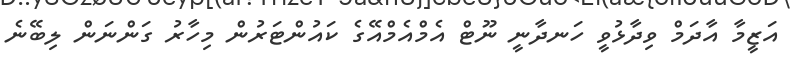
އަޒީމާ އާދަމް ވިދާޅުވީ ހަނދާނީ ނޫޓް އެމްއެމްއޭގެ ކައުންޓަރުން މިހާރު ގަންނަން ލިބޭނެ